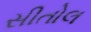
સીતોલ